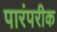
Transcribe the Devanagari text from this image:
पारंपरीक